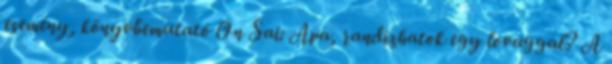
esemény, könyvbemutató On Sai: Apa, randizhatok egy lovaggal? A